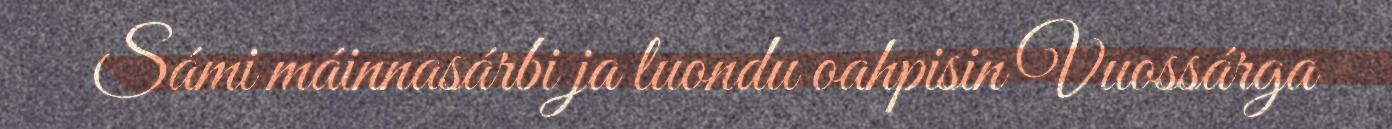
Sámi máinnasárbi ja luondu oahpisin Vuossárga